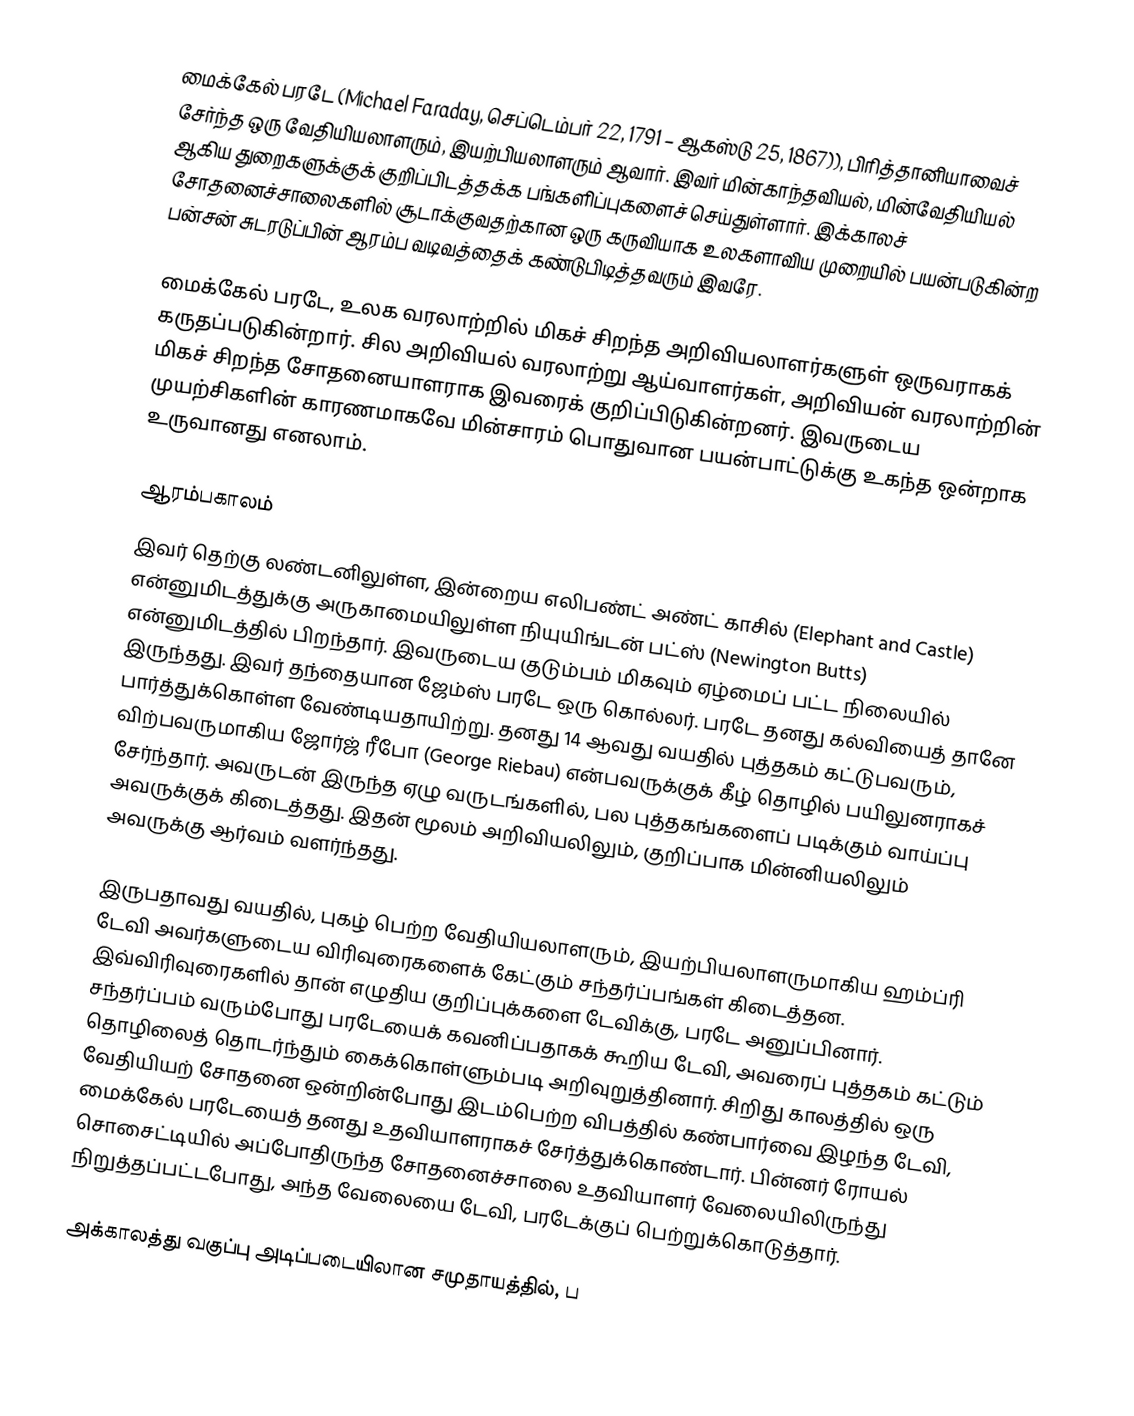
மைக்கேல் பரடே (Michael Faraday, செப்டெம்பர் 22, 1791 – ஆகஸ்டு 25, 1867)), பிரித்தானியாவைச் சேர்ந்த ஒரு வேதியியலாளரும், இயற்பியலாளரும் ஆவார். இவர் மின்காந்தவியல், மின்வேதியியல் ஆகிய துறைகளுக்குக் குறிப்பிடத்தக்க பங்களிப்புகளைச் செய்துள்ளார். இக்காலச் சோதனைச்சாலைகளில் சூடாக்குவதற்கான ஒரு கருவியாக உலகளாவிய முறையில் பயன்படுகின்ற பன்சன் சுடரடுப்பின் ஆரம்ப வடிவத்தைக் கண்டுபிடித்தவரும் இவரே.

மைக்கேல் பரடே, உலக வரலாற்றில் மிகச் சிறந்த அறிவியலாளர்களுள் ஒருவராகக் கருதப்படுகின்றார். சில அறிவியல் வரலாற்று ஆய்வாளர்கள், அறிவியன் வரலாற்றின் மிகச் சிறந்த சோதனையாளராக இவரைக் குறிப்பிடுகின்றனர். இவருடைய முயற்சிகளின் காரணமாகவே மின்சாரம் பொதுவான பயன்பாட்டுக்கு உகந்த ஒன்றாக உருவானது எனலாம்.

ஆரம்பகாலம்
இவர் தெற்கு லண்டனிலுள்ள, இன்றைய எலிபண்ட் அண்ட் காசில் (Elephant and Castle) என்னுமிடத்துக்கு அருகாமையிலுள்ள நியுயிங்டன் பட்ஸ் (Newington Butts) என்னுமிடத்தில் பிறந்தார். இவருடைய குடும்பம் மிகவும் ஏழ்மைப் பட்ட நிலையில் இருந்தது. இவர் தந்தையான ஜேம்ஸ் பரடே ஒரு கொல்லர். பரடே தனது கல்வியைத் தானே பார்த்துக்கொள்ள வேண்டியதாயிற்று. தனது 14 ஆவது வயதில் புத்தகம் கட்டுபவரும், விற்பவருமாகிய ஜோர்ஜ் ரீபோ (George Riebau) என்பவருக்குக் கீழ் தொழில் பயிலுனராகச் சேர்ந்தார். அவருடன் இருந்த ஏழு வருடங்களில், பல புத்தகங்களைப் படிக்கும் வாய்ப்பு அவருக்குக் கிடைத்தது. இதன் மூலம் அறிவியலிலும், குறிப்பாக மின்னியலிலும் அவருக்கு ஆர்வம் வளர்ந்தது.

இருபதாவது வயதில், புகழ் பெற்ற வேதியியலாளரும், இயற்பியலாளருமாகிய ஹம்ப்ரி டேவி அவர்களுடைய விரிவுரைகளைக் கேட்கும் சந்தர்ப்பங்கள் கிடைத்தன. இவ்விரிவுரைகளில் தான் எழுதிய குறிப்புக்களை டேவிக்கு, பரடே அனுப்பினார். சந்தர்ப்பம் வரும்போது பரடேயைக் கவனிப்பதாகக் கூறிய டேவி, அவரைப் புத்தகம் கட்டும் தொழிலைத் தொடர்ந்தும் கைக்கொள்ளும்படி அறிவுறுத்தினார். சிறிது காலத்தில் ஒரு வேதியியற் சோதனை ஒன்றின்போது இடம்பெற்ற விபத்தில் கண்பார்வை இழந்த டேவி, மைக்கேல் பரடேயைத் தனது உதவியாளராகச் சேர்த்துக்கொண்டார். பின்னர் ரோயல் சொசைட்டியில் அப்போதிருந்த சோதனைச்சாலை உதவியாளர் வேலையிலிருந்து நிறுத்தப்பட்டபோது, அந்த வேலையை டேவி, பரடேக்குப் பெற்றுக்கொடுத்தார்.

அக்காலத்து வகுப்பு அடிப்படையிலான சமுதாயத்தில், ப